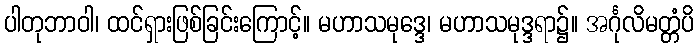
ပါတုဘာဝါ၊ ထင်ရှားဖြစ်ခြင်းကြောင့်။ မဟာသမုဒ္ဒေ၊ မဟာသမုဒ္ဒရာ၌။ အင်္ဂုလိမတ္တံပိ